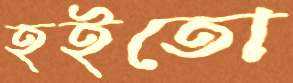
হইতো